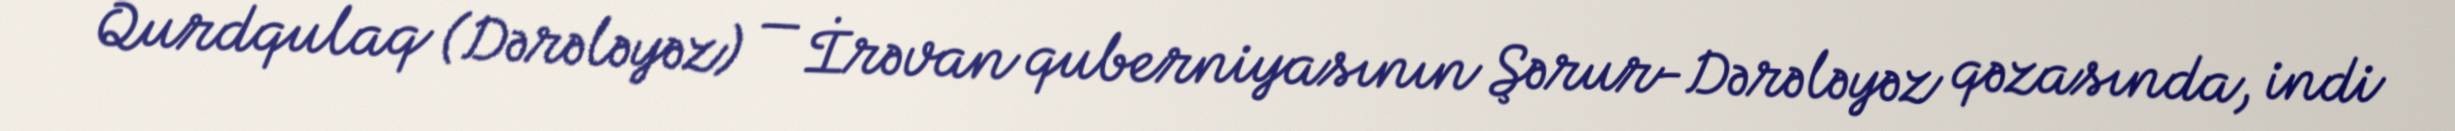
Qurdqulaq (Dərələyəz) — İrəvan quberniyasının Şərur-Dərələyəz qəzasında, indi